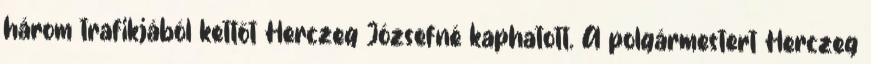
három trafikjából kettőt Herczeg Józsefné kaphatott. A polgármestert Herczeg